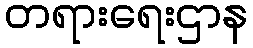
တရားရေးဌာန